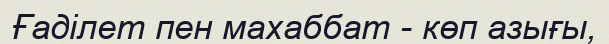
Ғаділет пен махаббат - көп азығы,